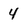
Character: 4